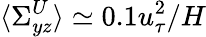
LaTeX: \langle\Sigma_{yz}^{U}\rangle\simeq 0.1u_{\tau}^{2}/H